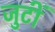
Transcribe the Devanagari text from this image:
जुटीं